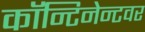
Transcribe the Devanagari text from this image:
कॉन्टिनेन्टवर